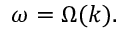
\omega = \Omega ( k ) .